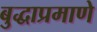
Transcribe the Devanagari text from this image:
बुद्धाप्रमाणे